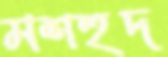
মশহুদ